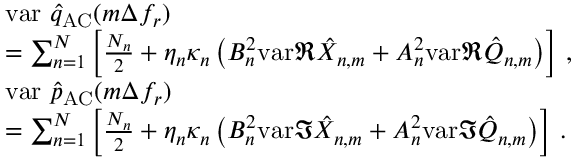
\begin{array} { r l } { ~ } & { \mathrm { v a r ~ } \hat { q } _ { \mathrm { A C } } ( m \Delta f _ { r } ) } \\ & { = \sum _ { n = 1 } ^ { N } \left[ \frac { { \cal N } _ { n } } { 2 } + \eta _ { n } \kappa _ { n } \left( B _ { n } ^ { 2 } \mathrm { v a r } \Re \hat { X } _ { n , m } + A _ { n } ^ { 2 } \mathrm { v a r } \Re \hat { Q } _ { n , m } \right) \right] \, , } \\ & { \mathrm { v a r ~ } \hat { p } _ { \mathrm { A C } } ( m \Delta f _ { r } ) } \\ & { = \sum _ { n = 1 } ^ { N } \left[ \frac { { \cal N } _ { n } } { 2 } + \eta _ { n } \kappa _ { n } \left( B _ { n } ^ { 2 } \mathrm { v a r } \Im \hat { X } _ { n , m } + A _ { n } ^ { 2 } \mathrm { v a r } \Im \hat { Q } _ { n , m } \right) \right] \, . } \end{array}